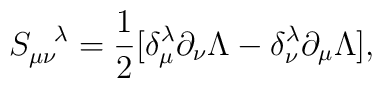
S_{\mu \nu}^{\hspace{.3 true cm} \lambda}=\frac{1}{2} [\delta_{\mu}^{\lambda} \partial_{\nu} \Lambda -\delta_{\nu}^{\lambda}\partial_{\mu} \Lambda ],